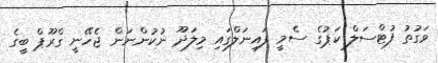
ވަގުތު ފުޓްސަލް ކަޕުގެ ސެމީ ފައިނަލްގައި މިލަދޫ ނުކުންނަން ޖެހޭނީ ގްރޫޕް ބީގެ